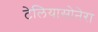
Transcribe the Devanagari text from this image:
टेलियासोनेरा